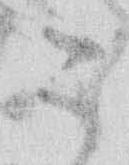
こ